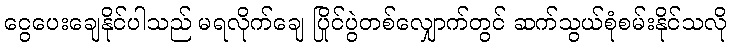
ငွေပေးချေနိုင်ပါသည် မရလိုက်ချေ ပြိုင်ပွဲတစ်လျှောက်တွင် ဆက်သွယ်စုံစမ်းနိုင်သလို